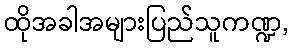
ထိုအခါအများပြည်သူကဏ္ဍ,